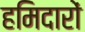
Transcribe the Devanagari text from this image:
हमिदारों